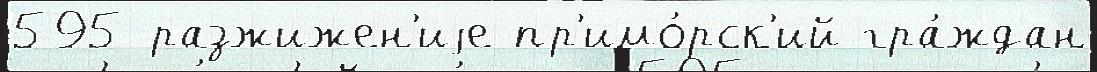
595 разжижен'иjе пр'имо́рск'ий гра́ждан